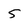
Character: 5